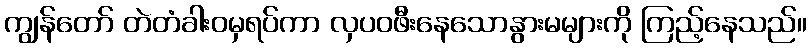
ကျွန်တော် တဲတံခါးဝမှရပ်ကာ လှပဝဖီးနေသောနွားမများကို ကြည့်နေသည်။